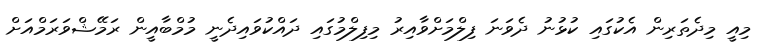
މިއީ މިދެތަރިން އެކުގައި ކުޅުނު ދެވަނަ ފިލްމަށްވާއިރު މިފިލްމުގައި ދައްކުވައިދެނީ މުމްބާއީން ރަމޭޝްވަރަމްއަށް